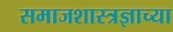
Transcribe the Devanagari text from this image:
समाजशास्त्रज्ञाच्या